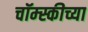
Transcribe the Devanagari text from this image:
चॉम्स्कीच्या